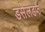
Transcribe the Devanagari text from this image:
डसेलडर्फ